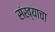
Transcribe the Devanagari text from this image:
संख्याचा